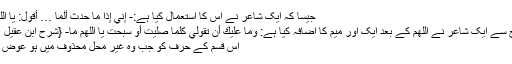
جیسا کہ ایک شاعر نے اس کا استعمال کیا ہے:- إني إذا ما حدث ألمّا … أقول: يا اللهمّ يا اللهمّا
(اسی طرح سے ایک شاعر نے اللھم کے بعد ایک اور میم کا اضافہ کیا ہے: وما عليك أن تقولي كلما صليت أو سبحت يا اللهم ما- {شرح ابن عقیل ٢/ ٢٦٥ })
اس قسم کے حرف کو جب وہ غیر محل محذوف میں ہو عوض کہتے ہیں۔